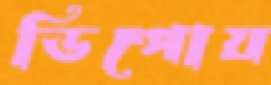
ডিপোয়